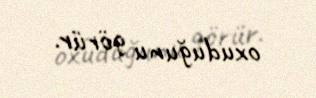
oxuduğunu görür.